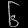
Digit: ၆